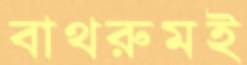
বাথরুমই